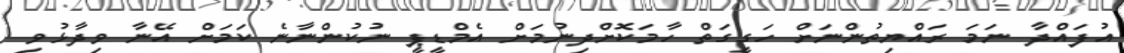
އުފައްދާ ނަމަ ރައްޔިތުންނަށް ހަގީގަތް ހާމަކޮށްދިނުމަށް އެމްޑީޕީ ނުކުންނާނެ ކަމަށް އޭނާ ވިދާޅުވި